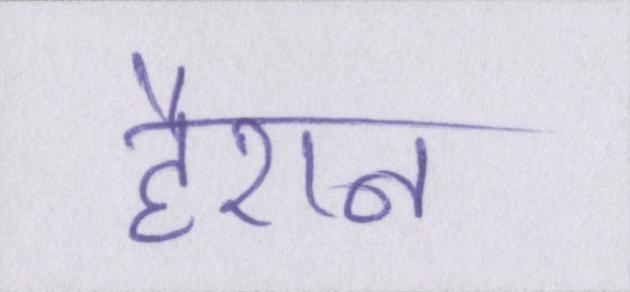
हैरान